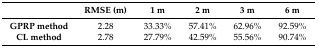
<table><thead><tr><td></td><td><b>RMSE (m)</b></td><td><b>1 m</b></td><td><b>2 m</b></td><td><b>3 m</b></td><td><b>6 m</b></td></tr></thead><tbody><tr><td><b>GPRP method</b></td><td>2.28</td><td>33.33%</td><td>57.41%</td><td>62.96%</td><td>92.59%</td></tr><tr><td><b>CL method</b></td><td>2.78</td><td>27.79%</td><td>42.59%</td><td>55.56%</td><td>90.74%</td></tr></tbody></table>